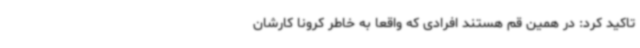
تاکید کرد: در همین قم هستند افرادی که واقعاً به خاطر کرونا کارشان